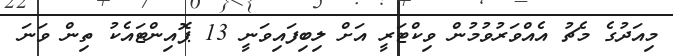
މިއަދުގެ މެޗު އެއްވަރުވުމުން ވިކްޓަރީ އަށް ލިބިފައިވަނީ 13 ޕޮއިންޓައެކު ތިން ވަނަ